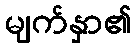
မျက်နှာ၏